Elephants and their diseases
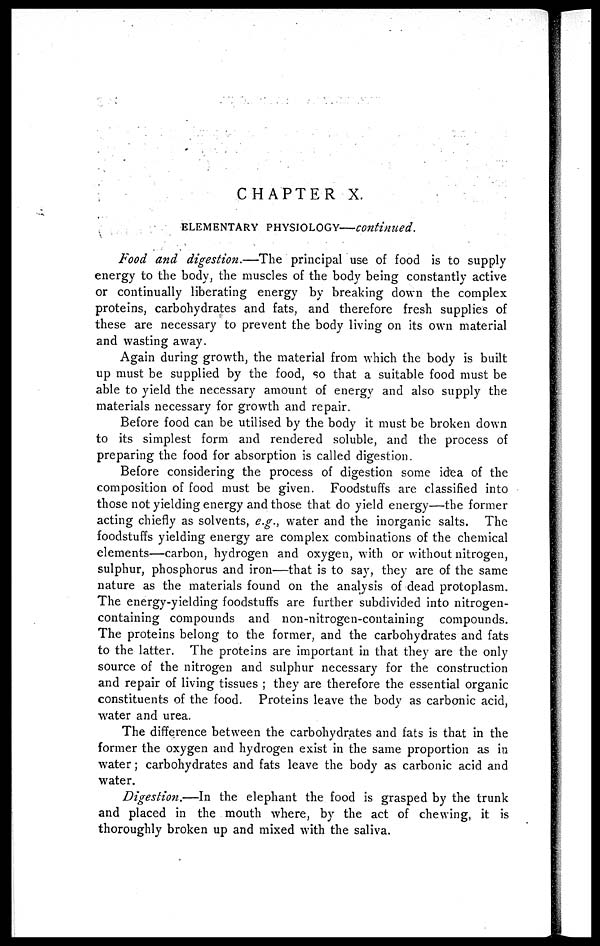
CHAPTER X.
ELEMENTARY PHYSIOLOGY—continued.
Food and digestion.—The
principal use of food is to supply
energy to the body, the muscles of the body being constantly active
or continually liberating energy by breaking down the complex
proteins, carbohydrates and fats, and therefore fresh supplies of
these are necessary to prevent the body living on its own material
and wasting away.
Again during growth, the material from which the body is built
up must be supplied by the food, so that a suitable food must be
able to yield the necessary amount of energy and also supply the
materials necessary for growth and repair.
Before food can be utilised by the body it must be broken down
to its simplest form and rendered soluble, and the process of
preparing the food for absorption is called digestion.
Before considering the process of digestion some idea of the
composition of food must be given. Foodstuffs are classified into
those not yielding energy and those that do yield energy—the former
acting chiefly as solvents, e.g., water and the inorganic salts. The
foodstuffs yielding energy are complex combinations of the chemical
elements—carbon, hydrogen and oxygen, with or without nitrogen,
sulphur, phosphorus and iron—that is to say, they are of the same
nature as the materials found on the analysis of dead protoplasm.
The energy-yielding foodstuffs are further subdivided into nitrogen-
containing compounds and non-nitrogen-containing compounds.
The proteins belong to the former, and the carbohydrates and fats
to the latter. The proteins are important in that they are the only
source of the nitrogen and sulphur necessary for the construction
and repair of living tissues ; they are therefore the essential organic
constituents of the food. Proteins leave the body as carbonic acid,
water and urea.
The difference between the carbohydrates and fats is that in the
former the oxygen and hydrogen exist in the same proportion as in
water ; carbohydrates and fats leave the body as carbonic acid and
water.
Digestion.—In the elephant the food is grasped by the trunk
and placed in the mouth where, by the act of chewing, it is
thoroughly broken up and mixed with the saliva.